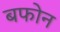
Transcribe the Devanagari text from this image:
बफोन